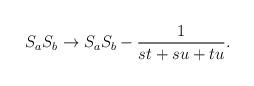
LaTeX: \begin{align*}{S_aS_b} \rightarrow S_aS_b - {1 \over st+su+tu} .\end{align*}